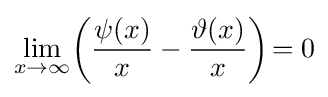
\lim _{x\to \infty }\!\left({\frac {\psi (x)}{x}}-{\frac {\vartheta (x)}{x}}\right)\!=0